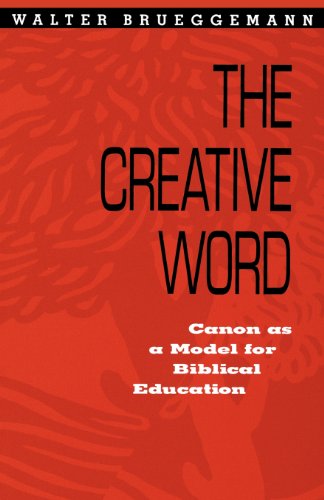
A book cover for Creative Word: Canon As a Model for Biblical Education; Walter Brueggemann; Christian Books & Bibles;